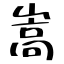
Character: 嵩